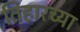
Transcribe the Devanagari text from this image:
तिहारच्या